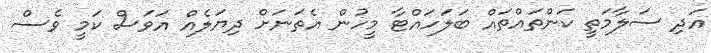
އަދި ސަލާމަތީ ކަންތައްތައް ބަލަހައްޓާ މީހުން އެތަނަށް ދިޔަލެއް އަވަސް ކަމީ ވެސް